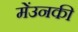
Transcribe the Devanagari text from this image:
मेंउनकी